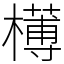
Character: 𣝍